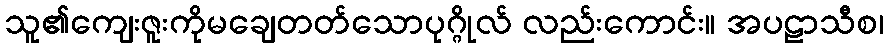
သူ၏ကျေးဇူးကိုမချေတတ်သောပုဂ္ဂိုလ် လည်းကောင်း။ အပဠာသီစ၊